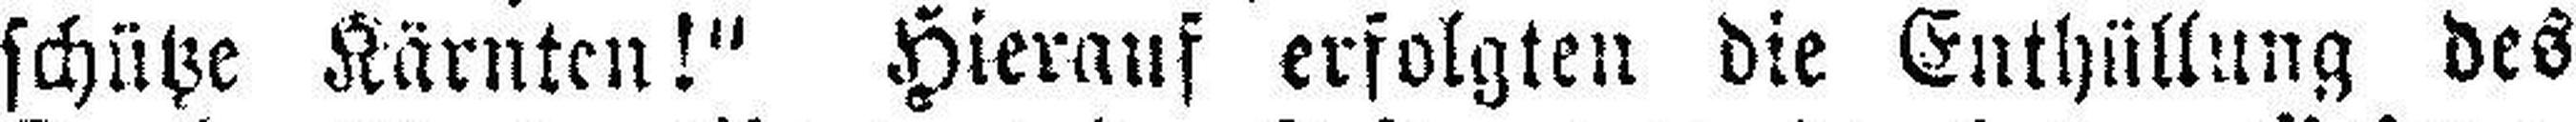
schütze Kärnten!“ Hierauf erfolgten die Enthüllung des